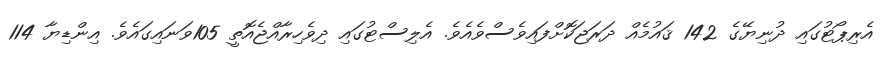
އެރިޕޯޓުގައި ދުނިޔޭގެ 142 ޤައުމެއް ދަރަޖަކޮށްފައިވެސްވެއެވެ. އެލިސްޓުގައި ދިވެހިރާއްޖެއޮތީ 105ވަނައިގައެވެ. އިންޑިޔާ 114